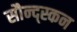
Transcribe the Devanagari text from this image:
सौन्द्स्कन